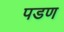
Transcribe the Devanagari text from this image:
पडण